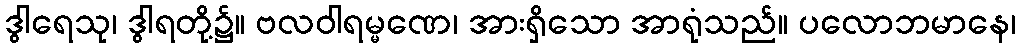
ဒွါရေသု၊ ဒွါရတို့၌။ ဗလဝါရမ္မဏေ၊ အားရှိသော အာရုံသည်။ ပလောဘမာနေ၊